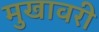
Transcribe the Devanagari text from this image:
मुखावरी